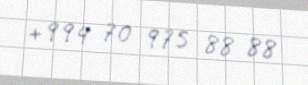
+994 70 975 88 88